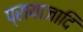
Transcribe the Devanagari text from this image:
प्रायाजादि